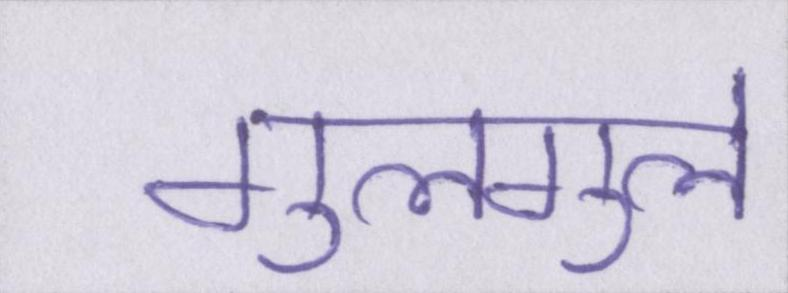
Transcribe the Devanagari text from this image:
गुलगुले